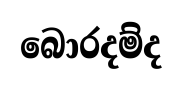
බොරදම්ද